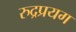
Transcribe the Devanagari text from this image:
रुद्रप्रयग